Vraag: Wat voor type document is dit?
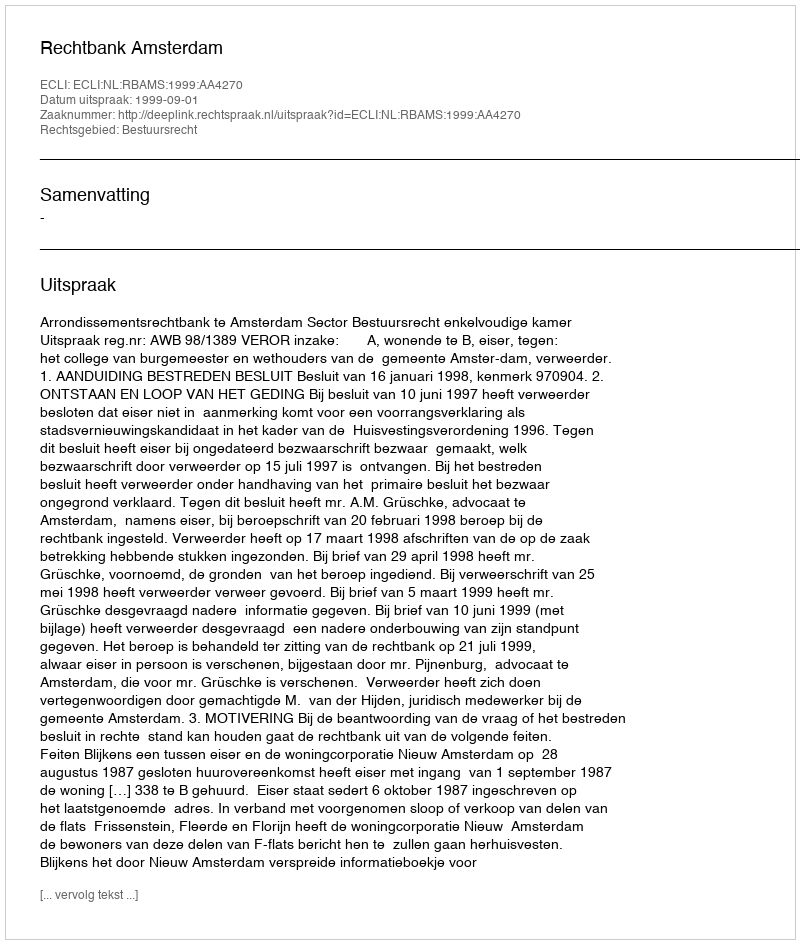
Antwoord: Uitspraak